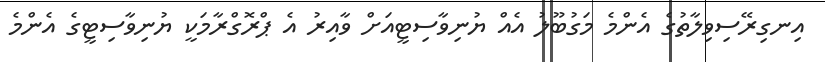
އިނގިރޭސިވިލާތުގެ އެންމެ މަގުބޫލު އެއް ޔުނިވާސިޓީއަށް ވާއިރު އެ ޕްރޮގްރާމަކީ ޔުނިވާސިޓީގެ އެންމެ